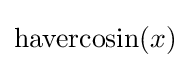
\operatorname {havercosin} (x)